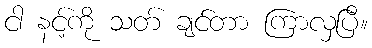
ငါ နင့်ကို သတ် ချင်တာ ကြာလှပြီ။